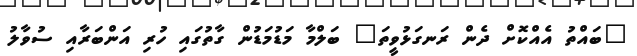
"ބައްތު އެއްކޮށް ދެން ރަނގަޅުވީތަ" ބަލްމާ މަޑުމަޑުން ގާތުގައި ހުރި އަންބަރާއި ސުވާލު